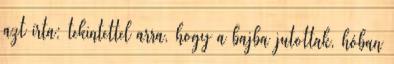
azt írta: tekintettel arra, hogy a bajba jutottak, hóban